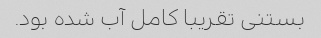
بستنی تقریبا کامل آب شده بود.